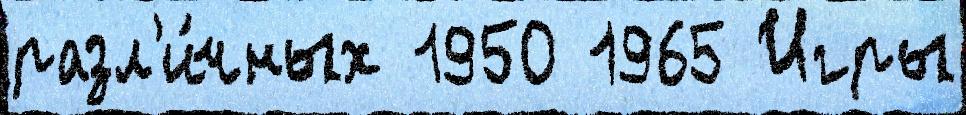
разл'и́чных 1950 1965 Игры